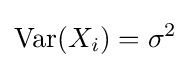
{\text{Var}}(X_{i})=\sigma ^{2}